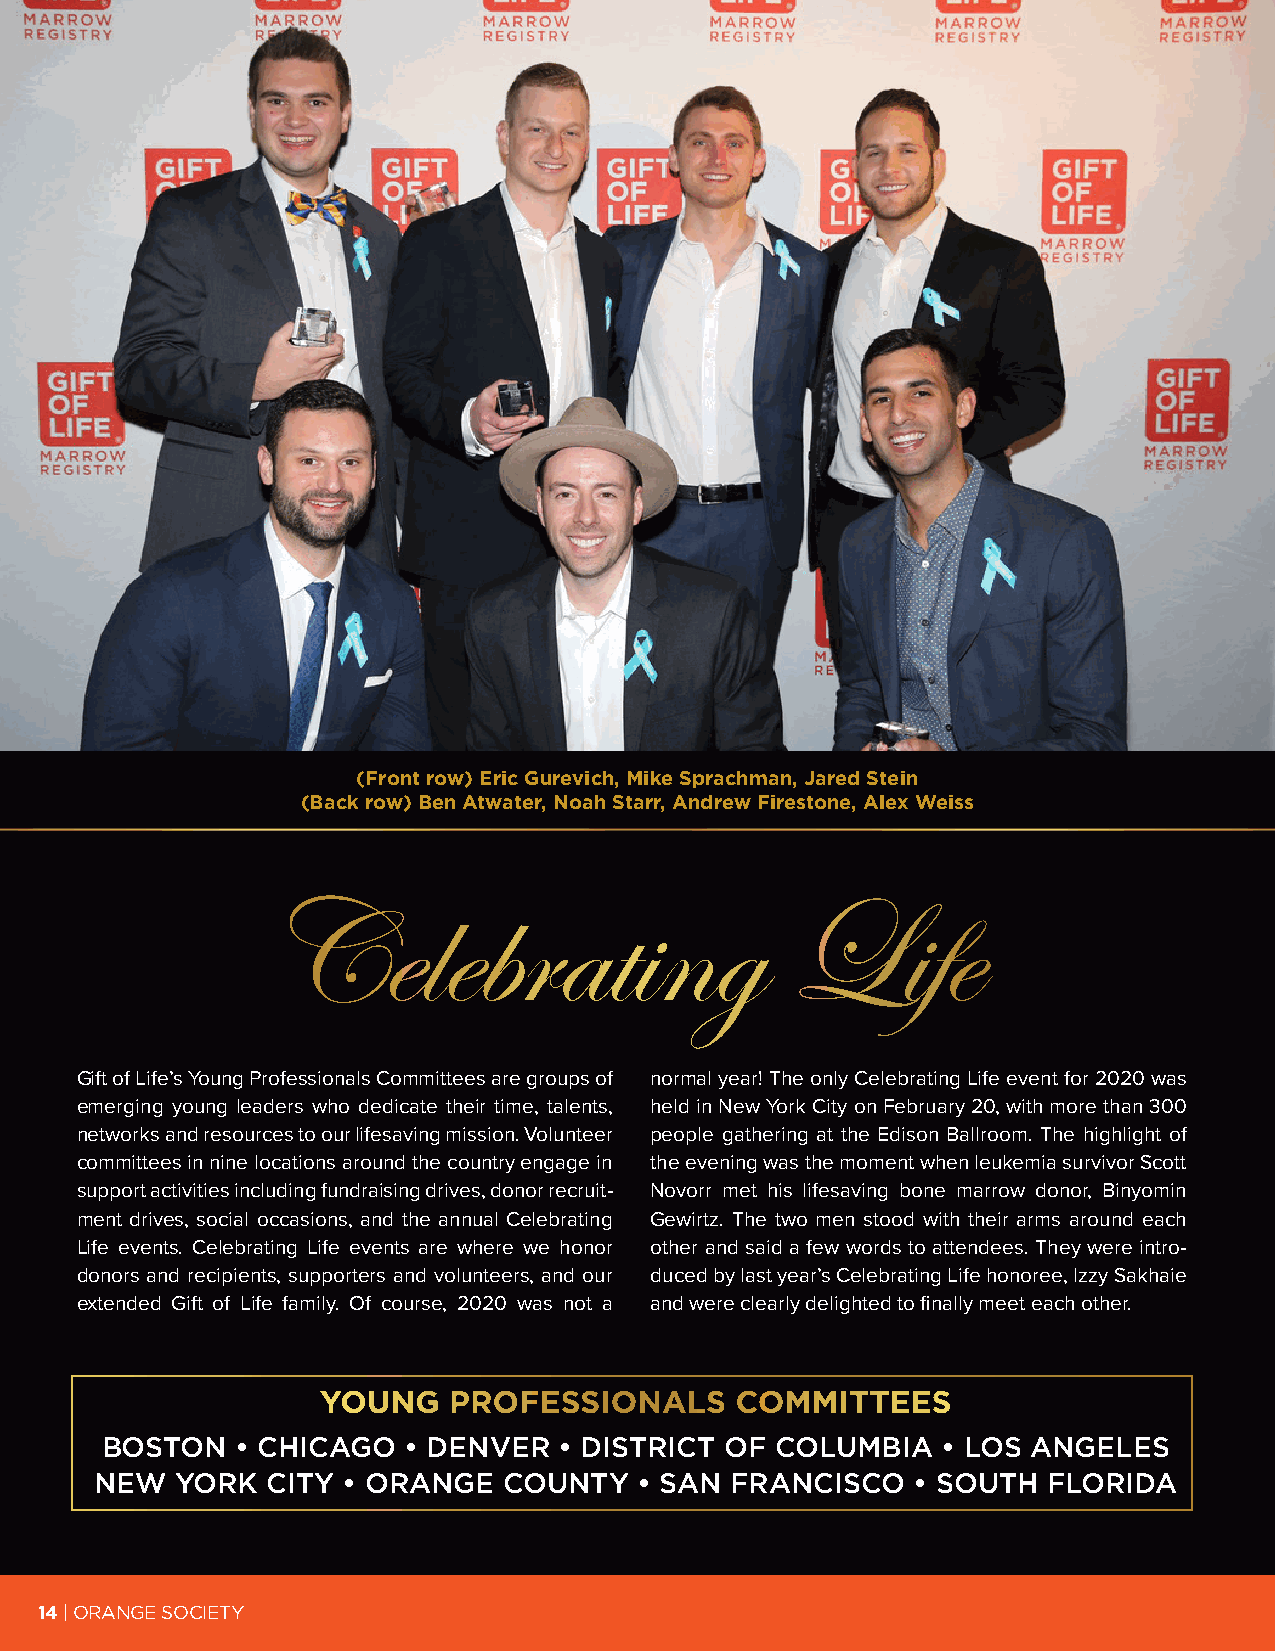
(Front row) Eric Gurevich, Mike Sprachman, Jared Stein
 (Back row) Ben Atwater, Noah Starr, Andrew Firestone, Alex Weiss
 Celebrating                        Life
 Gift of Life’s Young Professionals Committees are groups of normal year! The only Celebrating Life event for 2020 was
 emerging young leaders who dedicate their time, talents, held in New York City on February 20, with more than 300
 networks and resources to our lifesaving mission. Volunteer people gathering at the Edison Ballroom. The highlight of
 committees in nine locations around the country engage in the evening was the moment when leukemia survivor Scott
 support activities including fundraising drives, donor recruit- Novorr met his lifesaving bone marrow donor, Binyomin
 ment drives, social occasions, and the annual Celebrating Gewirtz. The two men stood with their arms around each
 Life events. Celebrating Life events are where we honor other and said a few words to attendees. They were intro-
 donors and recipients, supporters and volunteers, and our duced by last year’s Celebrating Life honoree, Izzy Sakhaie
 extended Gift of Life family. Of course, 2020 was not a and were clearly delighted to finally meet each other.
 YOUNG    PROFESSIONALS      COMMITTEES
 BOSTON   • CHICAGO  • DENVER  • DISTRICT OF COLUMBIA   • LOS ANGELES
 NEW   YORK  CITY • ORANGE  COUNTY   • SAN FRANCISCO   • SOUTH  FLORIDA
 14 | ORANGE SOCIETY